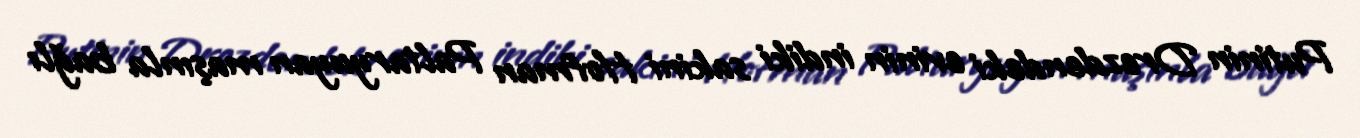
Putinin Drezdendeki evinin indiki sakini Hofman Paltaryuyan maşınla bağlı